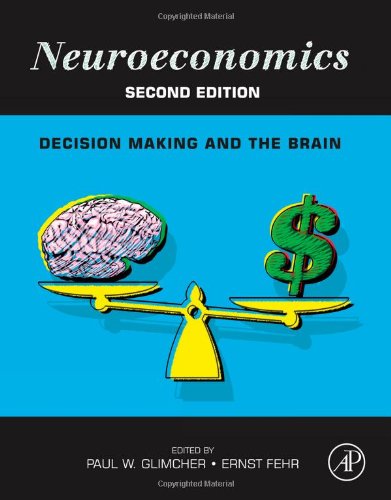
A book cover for Neuroeconomics, Second Edition: Decision Making and the Brain; Medical Books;